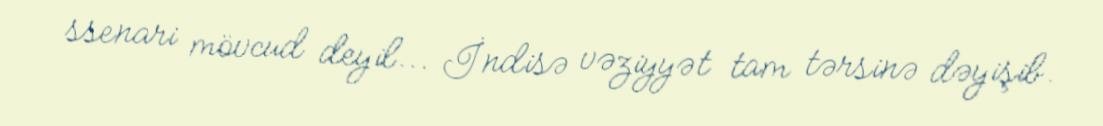
ssenari mövcud deyil... İndisə vəziyyət tam tərsinə dəyişib.